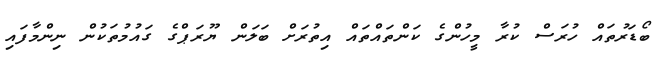
ބޯޑަރުތައް ހުރަސް ކުރާ މީހުންގެ ކަންތައްތައް އިތުރަށް ބަލަން ޔޫރަޕްގެ ގައުމުތަކުން ނިންމާފައި